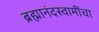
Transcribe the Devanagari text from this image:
ब्रह्मानंदस्वामींचा